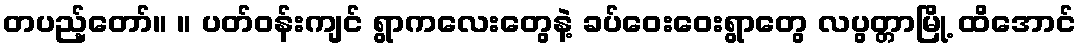
တပည့်တော်။ ။ ပတ်ဝန်းကျင် ရွာကလေးတွေနဲ့ ခပ်ဝေးဝေးရွာတွေ လပွတ္တာမြို့ ထိအောင်